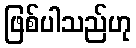
ဖြစ်ပါသည်ဟု